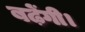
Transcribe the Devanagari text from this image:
बढ़ेंगी।